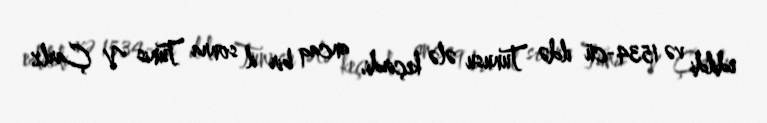
edildi və 1534-cü ildə Tunusu ələ keçirdi, ancaq bir il sonra Tunis V Çarlz